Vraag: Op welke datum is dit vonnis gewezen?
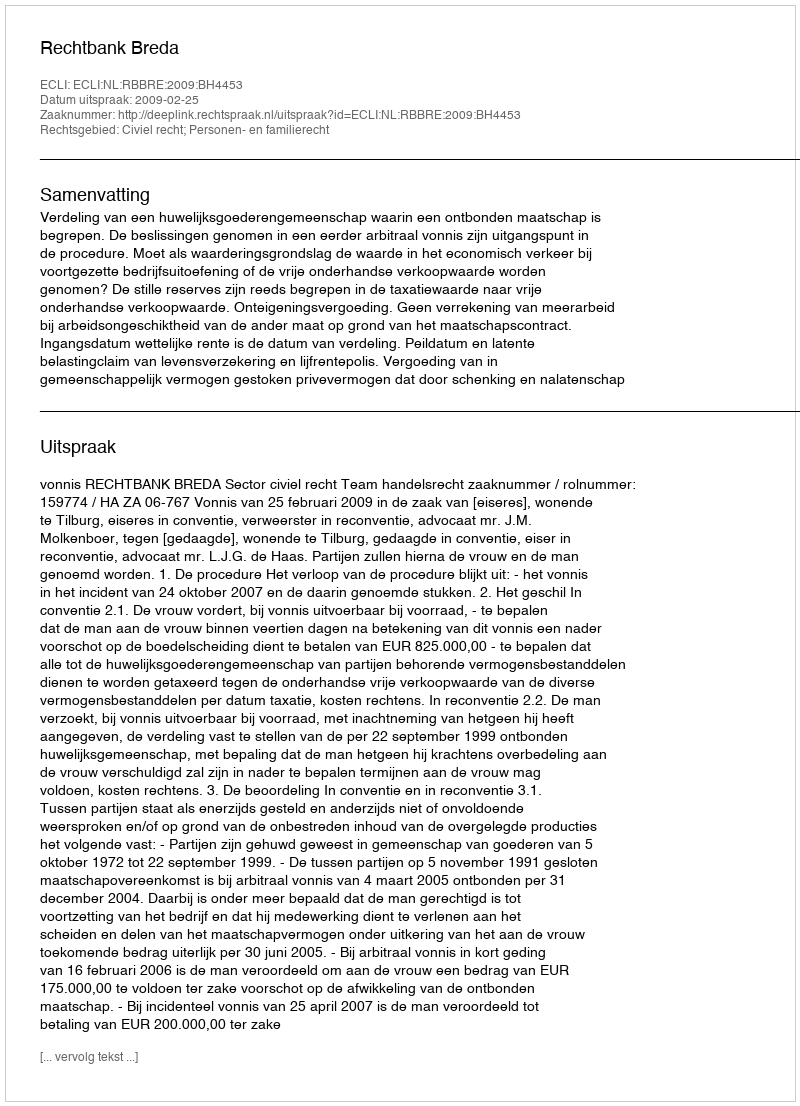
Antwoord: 2009-02-25